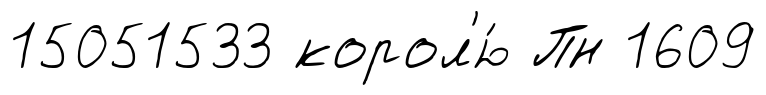
15051533 корол'ю́ Пн 1609